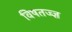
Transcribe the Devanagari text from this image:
विषतज्‍ज्ञ